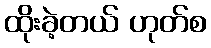
ထိုးခဲ့တယ် ဟုတ်စ